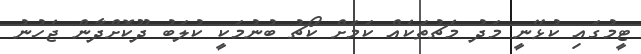
ޓީމުގައި ކުޅޭނީ މަދު މެޗުތަކެއް ކަމަށް ކޯޗު ބުނުމަކީ ކުލަބު ދޫކޮށްދާން ޖެހުނު